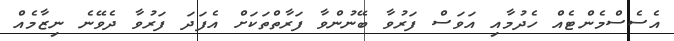
އެސެސްމެންޓެއް ހެދުމާއި އަވަސް ފަރުވާ ބޭނުންވާ ފަރާތްތަކަށް އެފަދަ ފަރުވާ ދެވޭނެ ނިޒާމެއް